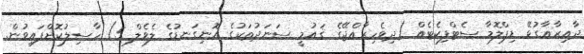
ދާއިރާއާގުޅޭ ޑިޕްލޮމާ ސެޓްފިކެޓެއް (ދިވެހިރާއްޖޭގެ ޤައުމީ ސަނަދުތަކުގެ އޮނިގަނޑުގެ ލެވެލް 5) ހާސިލުކޮށްފައިވުން.